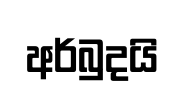
අර්බුදයි